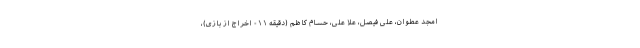
امجد عطوان، علی فیصل، علا علی، حسام کاظم (دقیقه ۱۱- اخراج از بازی)،